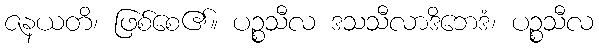
ဇနယတိ၊ ဖြစ်စေ၏။ ပဉ္စသီလ ဒသသီလာဒိဘေဒံ၊ ပဉ္စသီလ